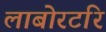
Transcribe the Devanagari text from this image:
लाबोरटरि